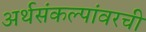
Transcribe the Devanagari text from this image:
अर्थसंकल्पांवरची